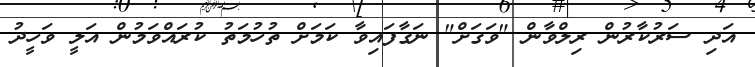
އަދި ސަރުކާރުން ރިލްވާން "ވަގަށް" ނަގާފައިވާ ކަމަށް ތުހުމަތު ކުރައްވަމުން އަލީ ވަހީދު